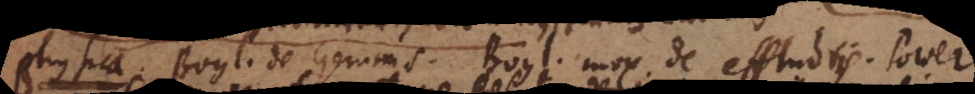
Physica. Boyl. de Gemmis. Boyl. mox de effluviis. Power.